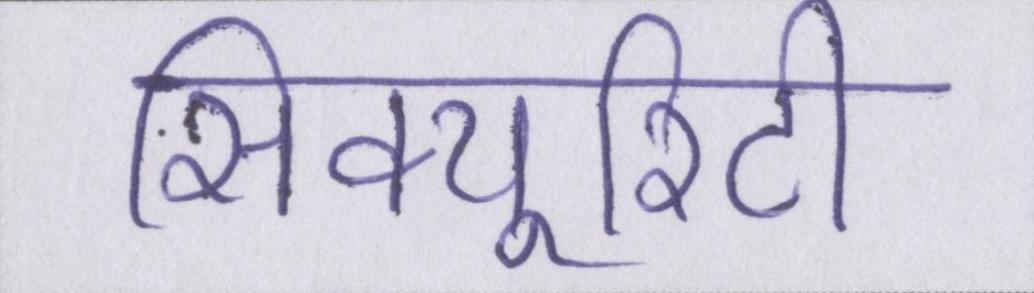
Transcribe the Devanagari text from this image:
सिक्यूरिटी